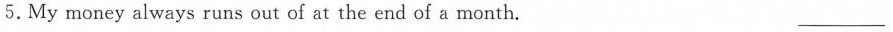
5.My money always runs out of at the end of a month. ___